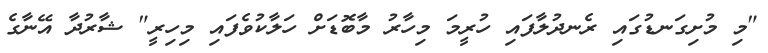
"މި މުށިގަނޑުގައި ރެނދުލާފައި ހުރީމަ މިހާރު މާބޮޑަށް ހަލާކުވެފައި މިހިރީ" ޝާރުދާ އޭނާގެ